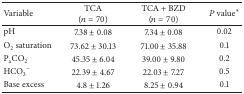
<table><thead><tr><td><b>Variable</b></td><td><b>TCA (<i>n</i> = 70)</b></td><td><b>TCA + BZD (<i>n</i> = 70)</b></td><td><b><i>P</i> value<sup>*</sup></b></td></tr></thead><tbody><tr><td>pH</td><td>7.38 ± 0.08</td><td>7.34 ± 0.08</td><td>0.02</td></tr><tr><td>O<sub>2</sub> saturation</td><td>73.62 ± 30.13</td><td>71.00 ± 35.88</td><td>0.1</td></tr><tr><td>P<sub>a</sub>CO<sub>2</sub></td><td>45.35 ± 6.04</td><td>39.00 ± 9.80</td><td>0.2</td></tr><tr><td>HCO<sub>3</sub><sup>−</sup></td><td>22.39 ± 4.67</td><td>22.03 ± 7.27</td><td>0.5</td></tr><tr><td>Base excess</td><td>4.8 ± 1.26</td><td>8.25 ± 0.94</td><td>0.1</td></tr></tbody></table>